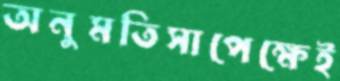
অনুমতিসাপেক্ষেই